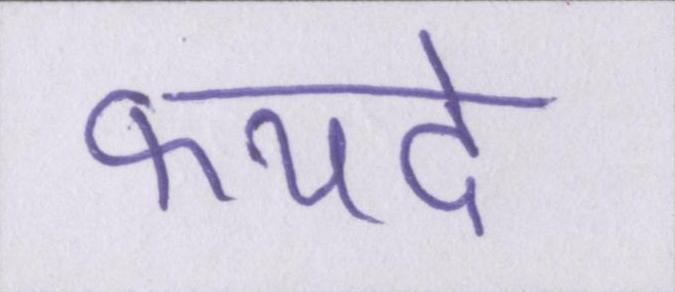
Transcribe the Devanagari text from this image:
फयदे